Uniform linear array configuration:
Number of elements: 32
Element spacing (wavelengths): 0.5
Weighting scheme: cosine
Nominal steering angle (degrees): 0
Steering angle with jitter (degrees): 0.7363
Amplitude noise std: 0.05
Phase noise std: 0.05

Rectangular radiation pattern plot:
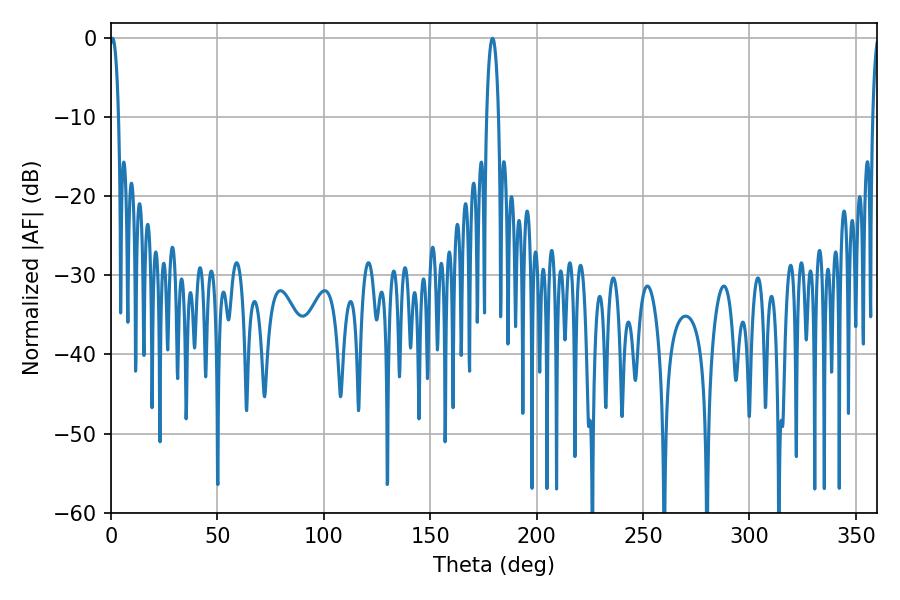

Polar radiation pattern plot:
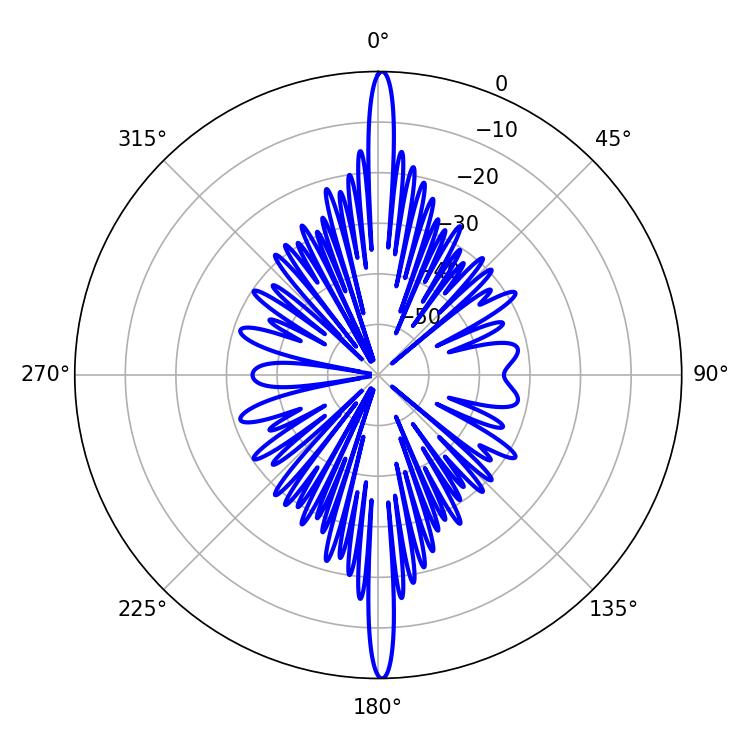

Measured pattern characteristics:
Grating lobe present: FALSE
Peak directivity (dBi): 30.34
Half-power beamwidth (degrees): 2.34
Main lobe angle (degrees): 0.72